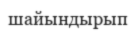
шайындырып